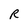
Character: R